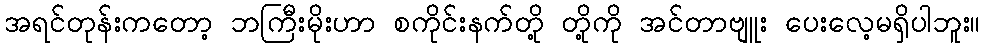
အရင်တုန်းကတော့ ဘကြီးမိုးဟာ စကိုင်းနက်တို့ တို့ကို အင်တာဗျူး ပေးလေ့မရှိပါဘူး။